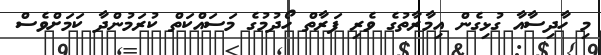
މި ހާދިސާއާ ގުޅިގެން އިމާރާތުގެ ވެރި ފަރާތް ހޯދުމުގެ މަސައްކަތް ކުރަމުންދާ ކަމަށްވެސް